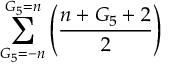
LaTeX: \sum _ { G _ { 5 } = - n } ^ { G _ { 5 } = n } \left( \frac { n + G _ { 5 } + 2 } { 2 } \right)